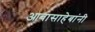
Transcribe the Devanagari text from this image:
आबासाहेबांनी